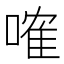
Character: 𠻓